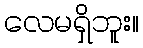
လေမရှိဘူး။